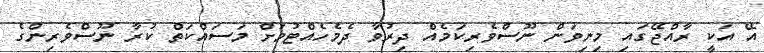
އޭ އަކީ ރާއްޖޭގައި މިނިވަން ނޫސްވެރިކަމެއް ދިރުވާ ދެމެހެއްޓުމަށް މަސައްކަތް ކުރާ ނޫސްވެރިންގެ